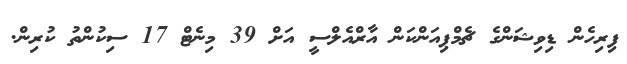
ފިރިހެން ޑިވިޝަންގެ ޗެމްޕިއަންކަން އާރްއެލްސީ އަށް 39 މިނެޓް 17 ސިކުންތު ކުރިން.